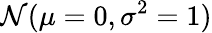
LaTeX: \mathcal{N}(\mu=0,\sigma^{2}=1)